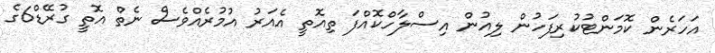
އަހަރެން ކޮމަންޓުކުރިފަހުން ލިއުން އިސްލާހްކޮއްފަ ތިއޮތީ އެއަރު އުމުރެއްވެސް ނެތް އޮތީ ގުރޭޑް6ގެ